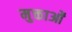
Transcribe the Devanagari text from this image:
मुक्ताओं